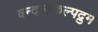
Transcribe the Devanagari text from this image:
वन्दारुकल्पद्रुम